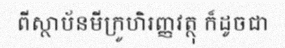
ពីស្ថាប័នមីក្រូហិរញ្ញវត្ថុ ក៏ដូចជា